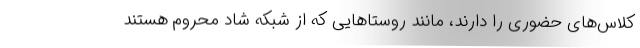
کلاس‌های حضوری را دارند، مانند روستاهایی که از شبکه شاد محروم هستند